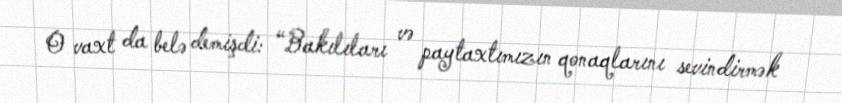
O vaxt da belə demişdi: “Bakılıları və paytaxtımızın qonaqlarını sevindirmək